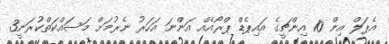
އެޕަލް އިން 10 އިންޗީގެ އައިޕެޑް ޕްރޯއެއް އަންނަ އަހަރު ނެރުމަށް މަސައްކަތްކުރަނީ3